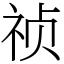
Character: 祯